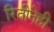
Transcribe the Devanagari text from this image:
रितीनेही